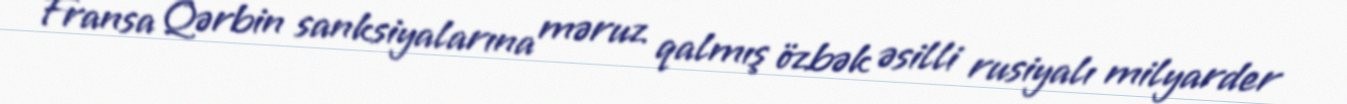
Fransa Qərbin sanksiyalarına məruz qalmış özbək əsilli rusiyalı milyarder